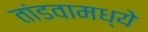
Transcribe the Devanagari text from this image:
तांडवामध्ये